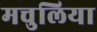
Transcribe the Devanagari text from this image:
मचुलिया